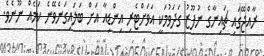
ރާއްޖޭގައި ޗައިނާގެ ނުފޫޒު ގަދަވުމަކީ އަވަށްޓެރި އިންޑިއާ އަށް ބަލައިގަނެވޭނެ ކަމެއް ނޫނެވެ.